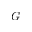
G